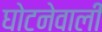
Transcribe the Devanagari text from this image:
घोटनेवाली